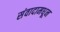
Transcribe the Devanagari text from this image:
संवादामधून